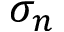
\sigma _ { n }